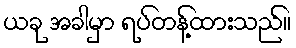
ယခု အခါမှာ ရပ်တန့်ထားသည်။